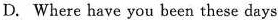
D. Where have you been these days